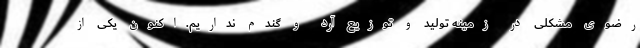
رضوی مشکلی در زمینه تولید و توزیع آرد و گندم نداریم.اکنون یکی از